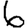
Digit: 6